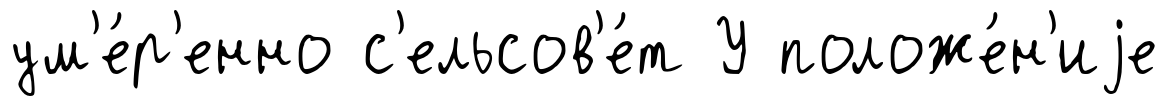
ум'е́р'енно с'ельсов'е́т У положе́н'иjе